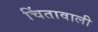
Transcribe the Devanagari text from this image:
चिंतावाली